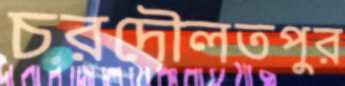
চরদৌলতপুর